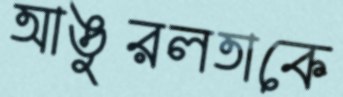
আঙুরলতাকে